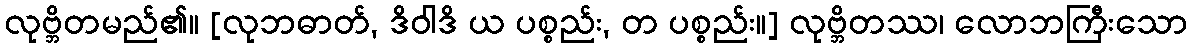
လုဗ္ဘိတမည်၏။ [လုဘဓာတ်, ဒိဝါဒိ ယ ပစ္စည်း, တ ပစ္စည်း။] လုဗ္ဘိတဿ၊ လောဘကြီးသော